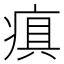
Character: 𤷢